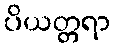
ပိယတ္တရာ